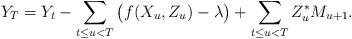
LaTeX: \begin{align*}Y_T = Y_t - \sum_{t \leq u < T} \big( f(X_u,Z_u) - \lambda \big) + \sum_{t \leq u < T} Z_u^{\ast}M_{u+1}.\end{align*}